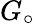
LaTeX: G_{\circ}